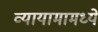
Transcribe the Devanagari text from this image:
व्यायामामध्ये